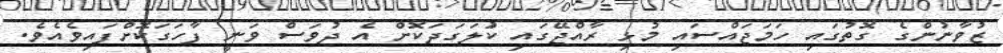
ޒުވާނުންގެ ގޮތުގައި ހަމަޖައްސައި މުޅި ރާއްޖޭގައި ކުަލަގަދަކޮށް އެ ދުވަސް ވަނީ ފާހަގަކޮށްފައިވެއެވެ.